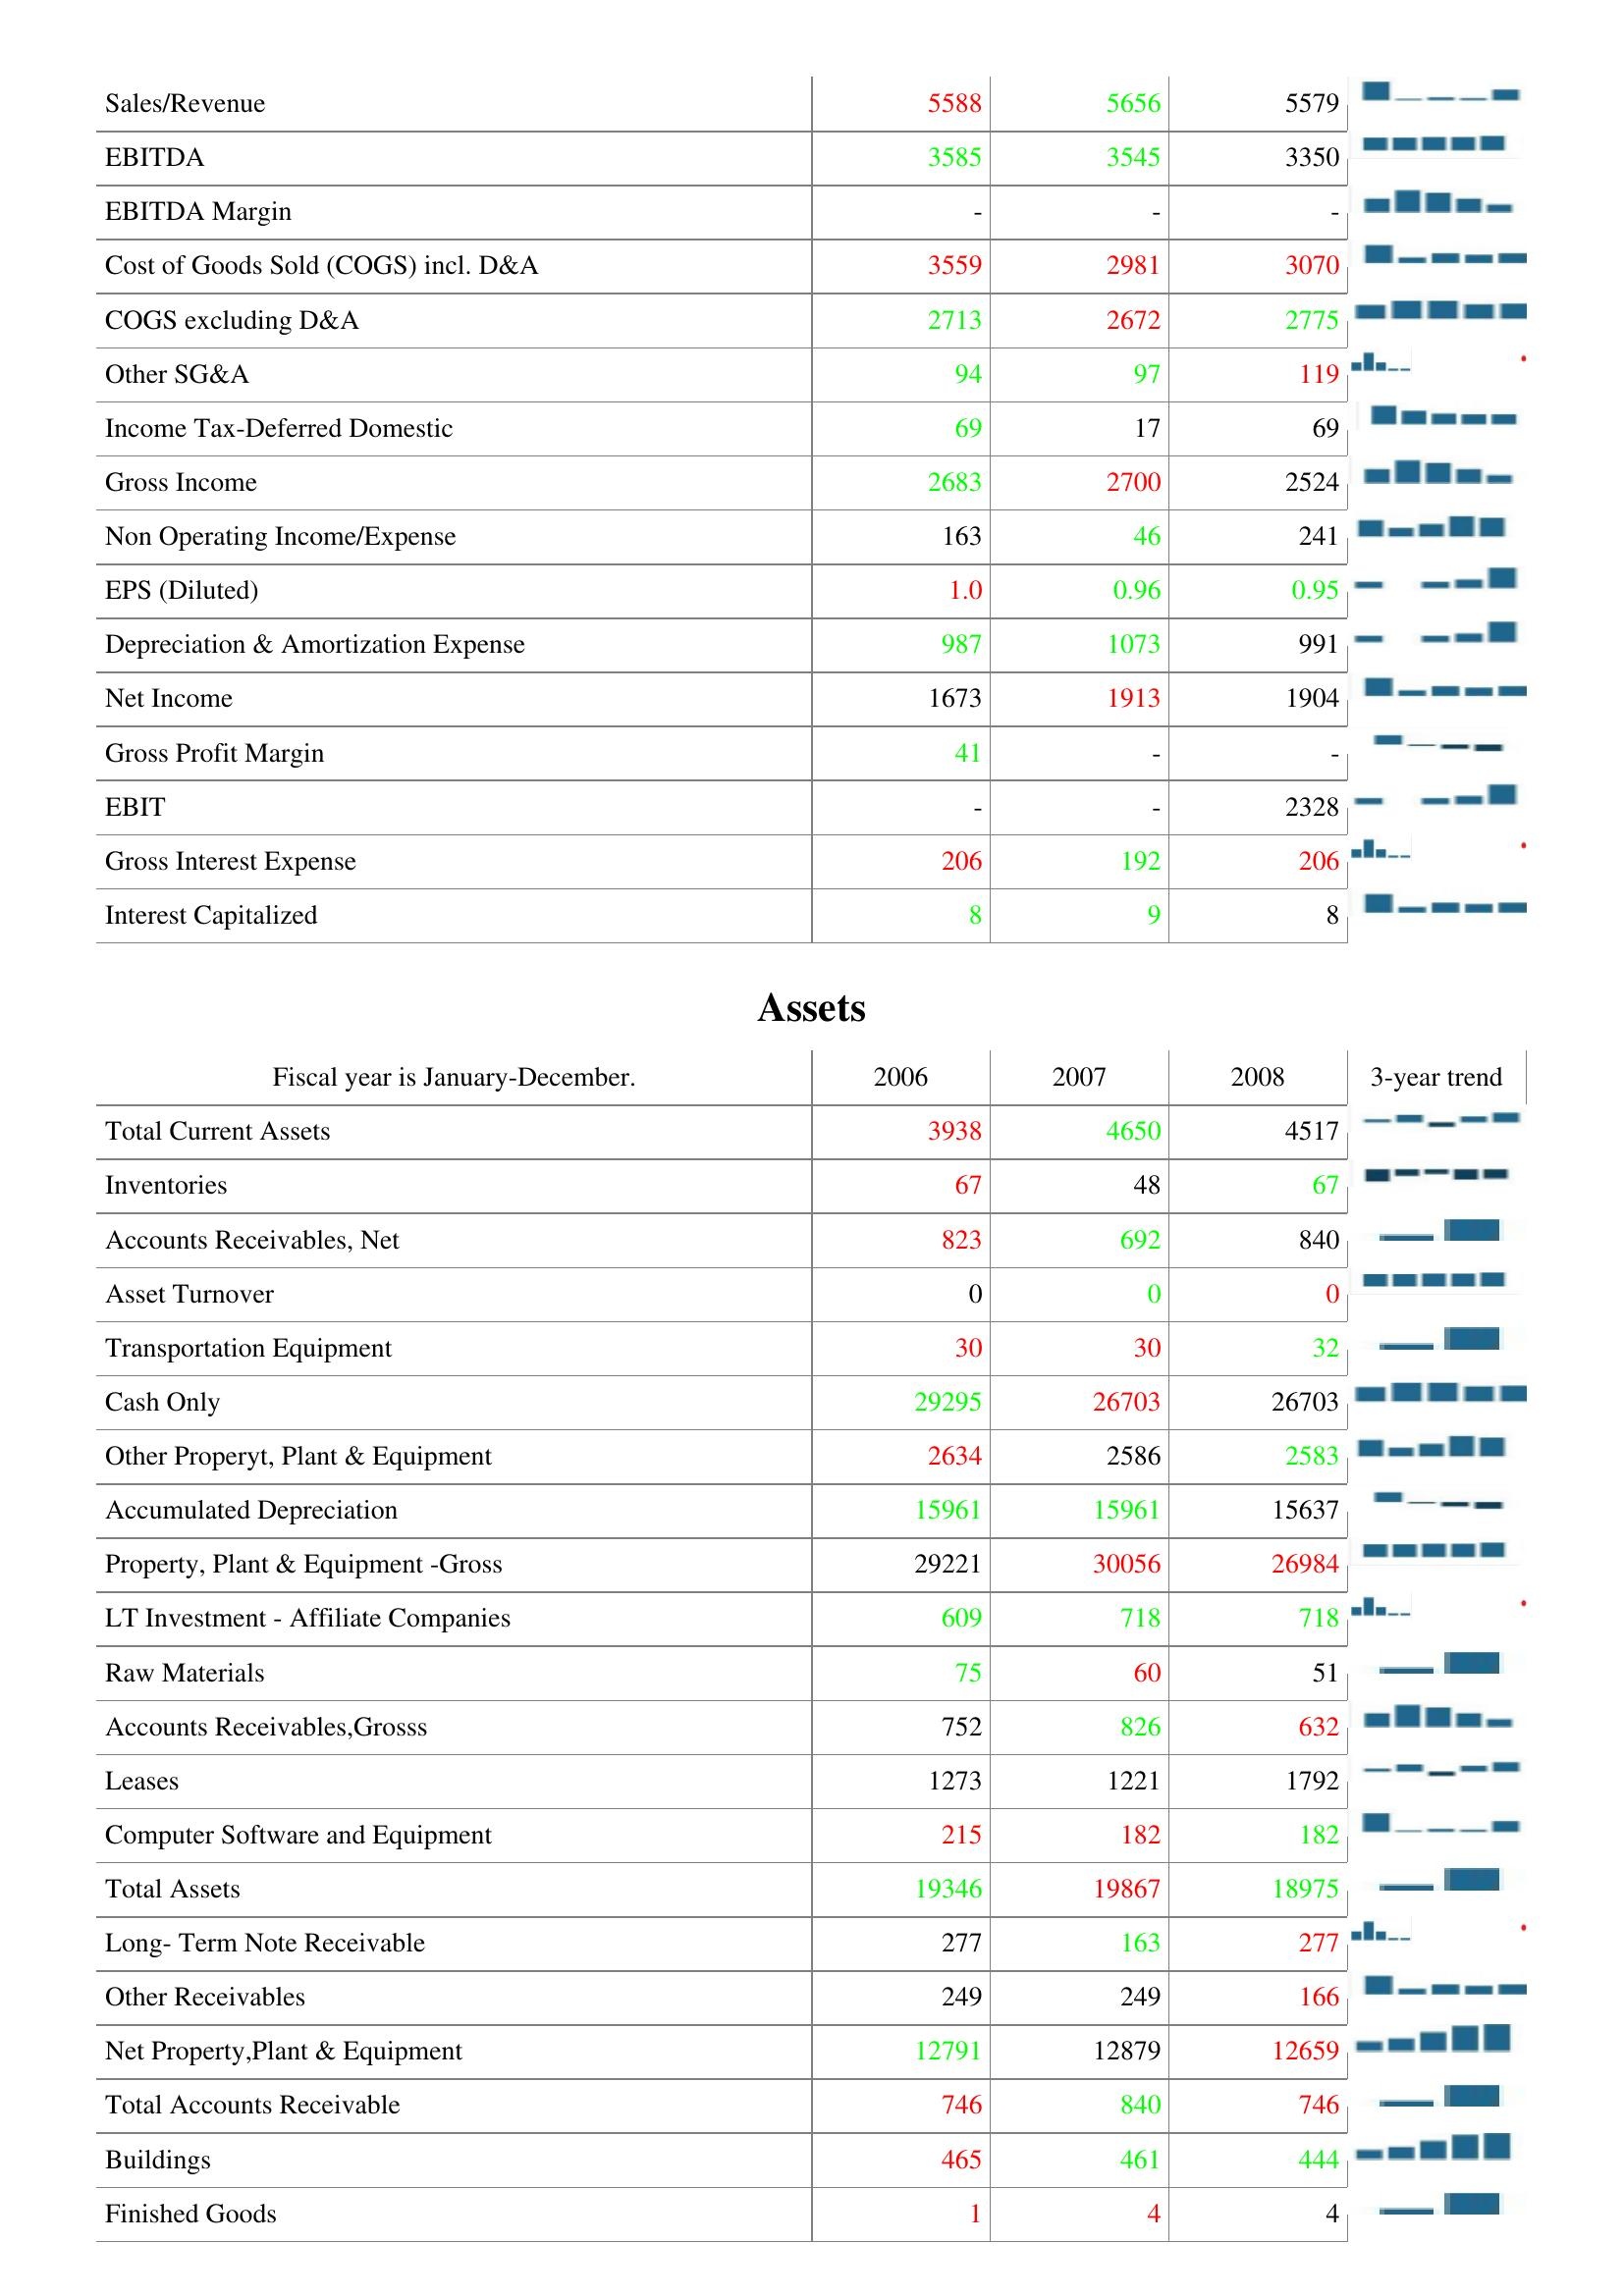
2006: : Sales/Revenue: 5588
EBITDA: 3585
EBITDA Margin: -
Cost of Goods Sold (COGS) incl. D&A: 3559
COGS excluding D&A: 2713
Other SG&A: 94
Income Tax-Deferred Domestic: 69
Gross Income: 2683
Non Operating Income/Expense: 163
EPS (Diluted): 1.0
Depreciation & Amortization Expense: 987
Net Income: 1673
Gross Profit Margin: 41
EBIT: -
Gross Interest Expense: 206
Interest Capitalized: 8
Assets: Total Current Assets: 3938
Inventories: 67
Accounts Receivables, Net: 823
Asset Turnover: 0
Transportation Equipment: 30
Cash Only: 29295
Other Properyt, Plant & Equipment: 2634
Accumulated Depreciation: 15961
Property, Plant & Equipment -Gross: 29221
LT Investment - Affiliate Companies: 609
Raw Materials: 75
Accounts Receivables,Grosss: 752
Leases: 1273
Computer Software and Equipment: 215
Total Assets: 19346
Long- Term Note Receivable: 277
Other Receivables: 249
Net Property,Plant & Equipment: 12791
Total Accounts Receivable: 746
Buildings: 465
Finished Goods: 1
2007: : Sales/Revenue: 5656
EBITDA: 3545
EBITDA Margin: -
Cost of Goods Sold (COGS) incl. D&A: 2981
COGS excluding D&A: 2672
Other SG&A: 97
Income Tax-Deferred Domestic: 17
Gross Income: 2700
Non Operating Income/Expense: 46
EPS (Diluted): 0.96
Depreciation & Amortization Expense: 1073
Net Income: 1913
Gross Profit Margin: -
EBIT: -
Gross Interest Expense: 192
Interest Capitalized: 9
Assets: Total Current Assets: 4650
Inventories: 48
Accounts Receivables, Net: 692
Asset Turnover: 0
Transportation Equipment: 30
Cash Only: 26703
Other Properyt, Plant & Equipment: 2586
Accumulated Depreciation: 15961
Property, Plant & Equipment -Gross: 30056
LT Investment - Affiliate Companies: 718
Raw Materials: 60
Accounts Receivables,Grosss: 826
Leases: 1221
Computer Software and Equipment: 182
Total Assets: 19867
Long- Term Note Receivable: 163
Other Receivables: 249
Net Property,Plant & Equipment: 12879
Total Accounts Receivable: 840
Buildings: 461
Finished Goods: 4
2008: : Sales/Revenue: 5579
EBITDA: 3350
EBITDA Margin: -
Cost of Goods Sold (COGS) incl. D&A: 3070
COGS excluding D&A: 2775
Other SG&A: 119
Income Tax-Deferred Domestic: 69
Gross Income: 2524
Non Operating Income/Expense: 241
EPS (Diluted): 0.95
Depreciation & Amortization Expense: 991
Net Income: 1904
Gross Profit Margin: -
EBIT: 2328
Gross Interest Expense: 206
Interest Capitalized: 8
Assets: Total Current Assets: 4517
Inventories: 67
Accounts Receivables, Net: 840
Asset Turnover: 0
Transportation Equipment: 32
Cash Only: 26703
Other Properyt, Plant & Equipment: 2583
Accumulated Depreciation: 15637
Property, Plant & Equipment -Gross: 26984
LT Investment - Affiliate Companies: 718
Raw Materials: 51
Accounts Receivables,Grosss: 632
Leases: 1792
Computer Software and Equipment: 182
Total Assets: 18975
Long- Term Note Receivable: 277
Other Receivables: 166
Net Property,Plant & Equipment: 12659
Total Accounts Receivable: 746
Buildings: 444
Finished Goods: 4